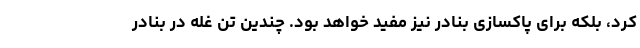
کرد، بلکه برای پاکسازی بنادر نیز مفید خواهد بود. چندین تن غله در بنادر